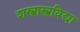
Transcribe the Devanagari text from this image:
शस्त्रास्त्रविद्या